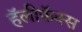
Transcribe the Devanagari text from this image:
हॅलीफॅक्स